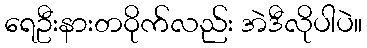
ရေဦးနားတဝိုက်လည်း အဲဒီလိုပါပဲ။